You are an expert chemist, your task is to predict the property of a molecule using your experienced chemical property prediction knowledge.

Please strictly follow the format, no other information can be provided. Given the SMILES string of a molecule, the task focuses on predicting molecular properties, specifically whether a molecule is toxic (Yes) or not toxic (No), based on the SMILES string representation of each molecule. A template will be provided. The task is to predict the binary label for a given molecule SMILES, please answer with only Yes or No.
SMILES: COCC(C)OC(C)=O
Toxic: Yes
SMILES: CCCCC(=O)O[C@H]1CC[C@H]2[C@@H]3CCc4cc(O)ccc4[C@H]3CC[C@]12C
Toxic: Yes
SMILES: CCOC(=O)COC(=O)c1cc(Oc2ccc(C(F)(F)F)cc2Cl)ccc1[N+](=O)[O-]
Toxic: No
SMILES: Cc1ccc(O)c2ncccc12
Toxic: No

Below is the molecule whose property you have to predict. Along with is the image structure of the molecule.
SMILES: C[C@]12CC[C@H]3[C@@H](CC=C4C[C@@H](O)CC[C@@]43C)[C@@H]1CC[C@@H]2O
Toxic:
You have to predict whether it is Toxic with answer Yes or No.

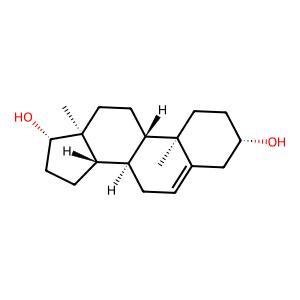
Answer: Yes